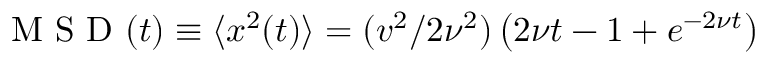
\mathrm { ~ M ~ S ~ D ~ } ( t ) \equiv \langle x ^ { 2 } ( t ) \rangle = ( v ^ { 2 } / 2 \nu ^ { 2 } ) \left( 2 \nu t - 1 + e ^ { - 2 \nu t } \right)